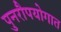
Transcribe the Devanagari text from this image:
पुनरौपयोगात